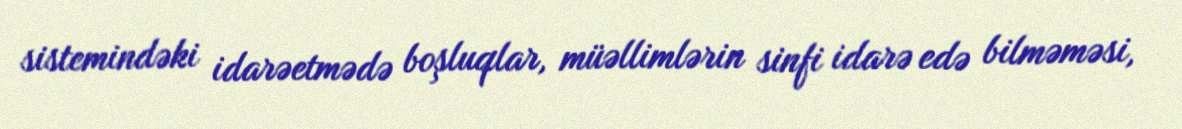
sistemindəki idarəetmədə boşluqlar, müəllimlərin sinfi idarə edə bilməməsi,